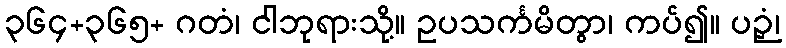
၃၆၄+၃၆၅+ ဂတံ၊ ငါဘုရားသို့။ ဥပသင်္ကမိတွာ၊ ကပ်၍။ ပဉှံ၊